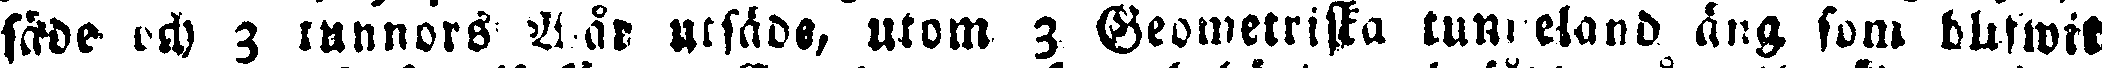
säde och 3 tunnors A år utsäde, utom 3 Geometriska tunneland äng som blifwit